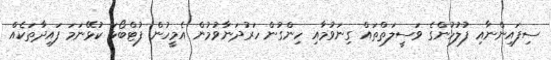
ސިފައިންނާއި ފުލުހުންގެ ވަސީލަތްތައް ގިނަވުމާއި ހިންގުން ހަރުދަނާވުމުން އެމީހުން ފުޓްބޯޅަ ކުޅޭނަމަ ފައިދާތަކެއް